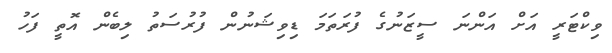
ވިކްޓަރީ އަށް އަންނަ ސީޒަނުގެ ފުރަތަމަ ޑިވިޝަނުން ފުރުސަތު ލިބެން އޮތީ ފަހު